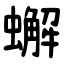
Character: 蠏